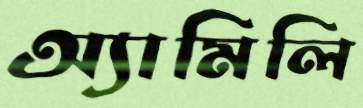
অ্যামিলি